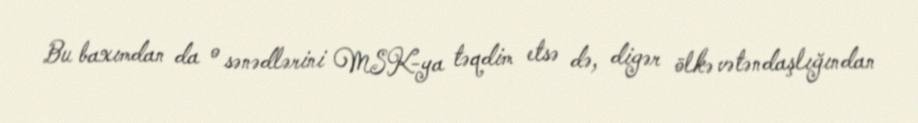
Bu baxımdan da o sənədlərini MSK-ya təqdim etsə də, digər ölkə vətəndaşlığından